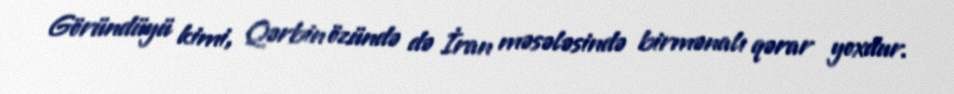
Göründüyü kimi, Qərbin özündə də İran məsələsində birmənalı qərar yoxdur.